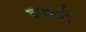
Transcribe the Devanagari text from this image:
दासारी